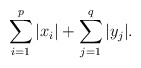
\begin{align*}\sum^p_{i=1}|x_i| +\sum^q_{j=1} |y_j|.\end{align*}